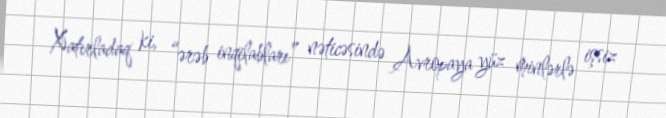
Xatırladaq ki, “ərəb inqilabları” nəticəsində Avropaya yüz minlərlə işsiz